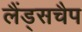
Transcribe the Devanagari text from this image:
लैंड्सचैप